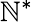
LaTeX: \mathbb{N}^{*}